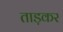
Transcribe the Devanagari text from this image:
ताड़कर